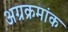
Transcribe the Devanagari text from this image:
अग्रक्रमांक